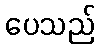
ပေသည်